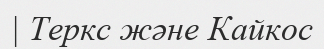
| Теркс және Кайкос